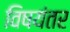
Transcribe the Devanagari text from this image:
विषयंतर